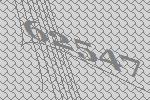
62547